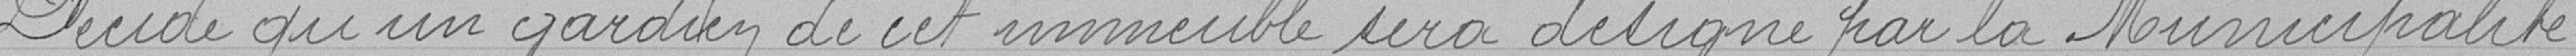
Décide qu'un gardien de cet immeuble sera désigné par la Municipalité